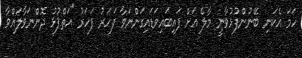
ހަމަ އެކަނި ބޭނުންފުޅުވާނީ މާލެ އަށް ފައިބައިވަޑައިގަންނަވާ ފަހަރު ފަހަރު "އަތްޕުޅު ދޮންނަވާލައްވާ